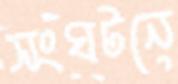
সংঘটনে